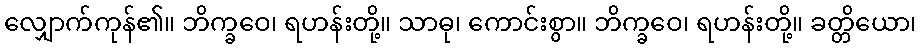
လျှောက်ကုန်၏။ ဘိက္ခဝေ၊ ရဟန်းတို့။ သာဓု၊ ကောင်းစွာ။ ဘိက္ခဝေ၊ ရဟန်းတို့။ ခတ္တိယော၊